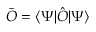
\bar { O } = \langle \Psi | \hat { O } | \Psi \rangle